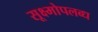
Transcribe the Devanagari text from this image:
सूक्ष्मोपलब्ध